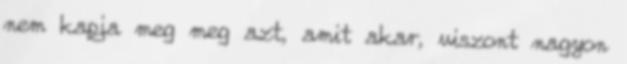
nem kapja meg meg azt, amit akar, viszont nagyon